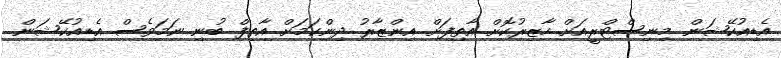
އެޑިއުކޭޝަން މިނިސްޓްރީއަށް ހާޒިރުކޮށް އާތިފަށް އިންޒާރު ދިންކަމަށް އާތިފް ބުނި ނަމަވެސް އެޑިއުކޭޝަން